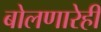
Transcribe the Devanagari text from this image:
बोलणारेही